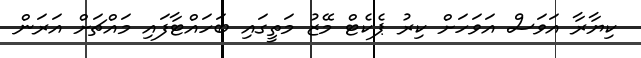
ކިޔާރާ އަވަސް އަވަހަށް ކިރު ޕެކެޓް މޭޒު މަތީގައި ބަހައްޓާފައި މައްޗަށް އަރަން